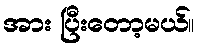
အား ပြီးတော့မယ်။